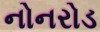
નોનરોડ